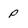
Character: P